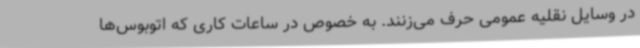
در وسایل نقلیه عمومی حرف می‌زنند. به خصوص در ساعات کاری که اتوبوس‌ها